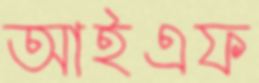
আইএফ